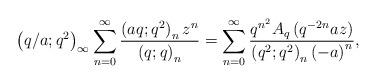
LaTeX: \begin{align*}\left(q/a;q^{2}\right)_{\infty}\sum_{n=0}^{\infty}\frac{\left(aq;q^{2}\right)_{n}z^{n}}{\left(q;q\right)_{n}}=\sum_{n=0}^{\infty}\frac{q^{n^{2}}A_{q}\left(q^{-2n}az\right)}{\left(q^{2};q^{2}\right)_{n}\left(-a\right)^{n}},\end{align*}